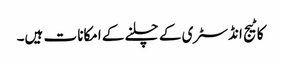
کاٹیج انڈسٹری کے چلنے کے امکانا ت ہیں۔